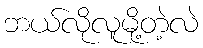
ဘယ်လိုလူမို့တဲ့လဲ